Piroplasma canis and its life cycle in the tick - Number 29
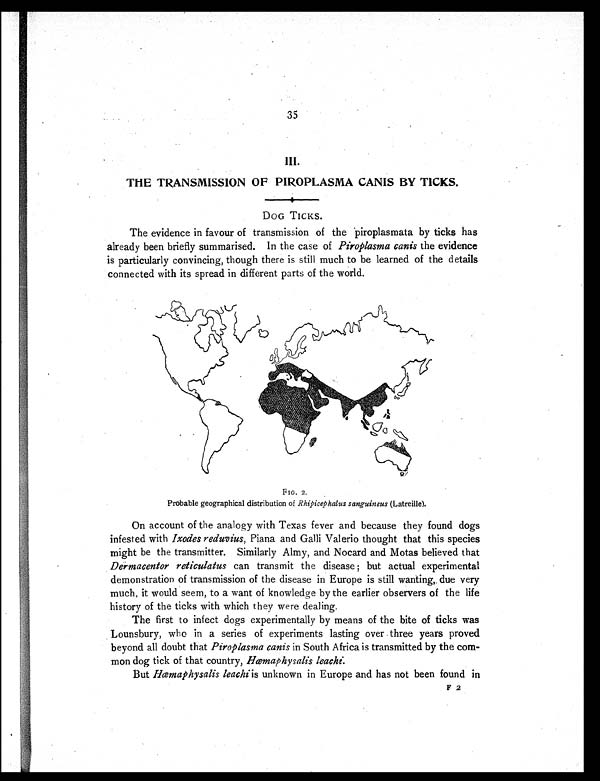
35
THE TRANSMISSION OF PIROPLASMA CANIS BY TICKS.
DOG TICKS.
The evidence in favour of transmission of the piroplasmata by ticks has
already been briefly summarised. In the case of Piroplasma canis the evidence
is particularly convincing, though there is still much to be learned of the details
connected with its spread in different parts of the world.
FIG. 2.
Probable geographical distribution of Rhipicephalus sanguineus (Latreille).
On account of the analogy with Texas fever and because they found dogs
infested with Ixodes reduvius, Piana and Galli Valerio thought that this species
might be the transmitter. Similarly Almy, and Nocard and Motas believed that
Dermacentor reticulatus can transmit the disease but actual experimental
demonstration of transmission of the disease in Europe is still wanting,. due very
much, it would seem, to a want of knowledge by the earlier observers of the life
history of the ticks with which they were dealing.
The first to infect dogs experimentally by means of the bite of ticks was
Lounsbury, who in a series of experiments lasting over three years proved
beyond all doubt that Piroplasma canis in South Africa is transmitted by the com-
mon dog tick of that country, Hæmaphysalis leachi :
But Hæmaphysalis leachi is unknown in Europe and has not been found in
F 2